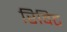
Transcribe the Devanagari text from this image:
रिविट